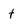
Character: t